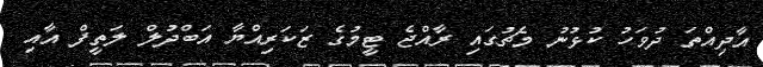
އާދިއްތަ ދުވަހު ކުޅުނު މެޗުގައި ރާއްޖެ ޓީމުގެ ޒަކަރިއްޔާ އަބްދުލް ލަތީފް އާއި